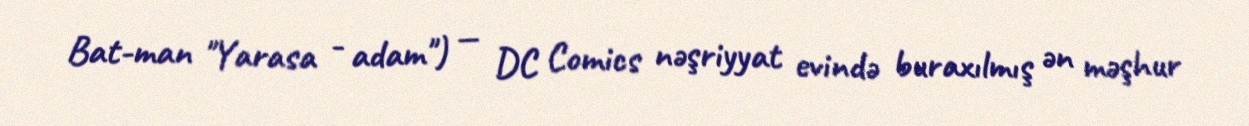
Bat-man "Yarasa - adam") — DC Comics nəşriyyat evində buraxılmış ən məşhur